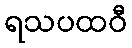
ရသပထဝီ